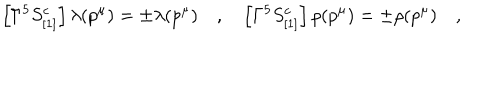
\left[ \Gamma ^ { 5 } S _ { [ 1 ] } ^ { c } \right] \lambda ( p ^ { \mu } ) = \pm \lambda ( p ^ { \mu } ) \quad , \quad \left[ \Gamma ^ { 5 } S _ { [ 1 ] } ^ { c } \right] \rho ( p ^ { \mu } ) = \pm \rho ( p ^ { \mu } ) \quad ,